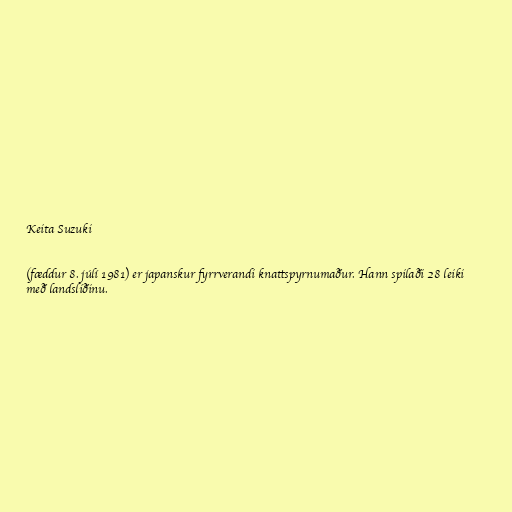
Keita Suzuki

(fæddur 8. júlí 1981) er japanskur fyrrverandi knattspyrnumaður. Hann spilaði 28 leiki
með landsliðinu.